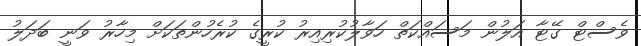
ވެސްޓް ގޭޓާ އަލުން މަސައްކަތް ހަވާލުކުރިއިރު ކުރީގެ ކުރެހުންތަކަށް މިހާރު ވަނީ ބަދަލު